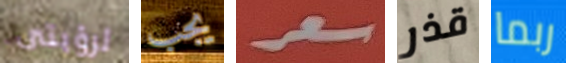
لرؤيتى يجب سعر قذر ربما